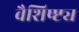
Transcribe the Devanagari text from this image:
वैशिष्ष्ट्य